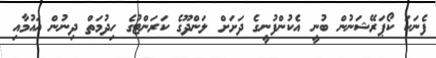
ފެނަކަ ކޯޕަރޭޝަނުން ބުނީ އެކުންފުނީގެ ދަށަށް ލަންދޫގެ ކަރަންޓުގެ ހިދުމަތް ދިނުން އައުމާއި